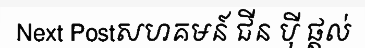
Next Postសហគមន៍ ជីន ប៉ី ផ្តល់